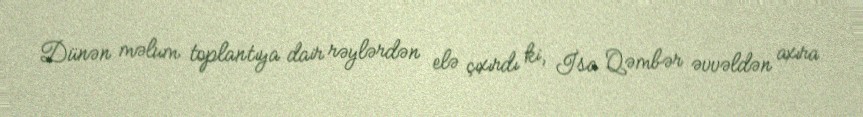
Dünən məlum toplantıya dair rəylərdən elə çıxırdı ki, İsa Qəmbər əvvəldən axıra